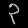
Digit: ၃